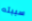
سببته